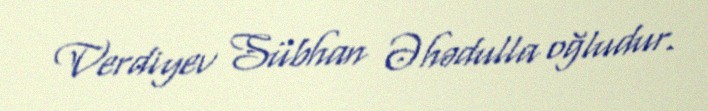
Verdiyev Sübhan Əhədulla oğludur.